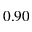
0 . 9 0